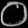
Digit: ၀